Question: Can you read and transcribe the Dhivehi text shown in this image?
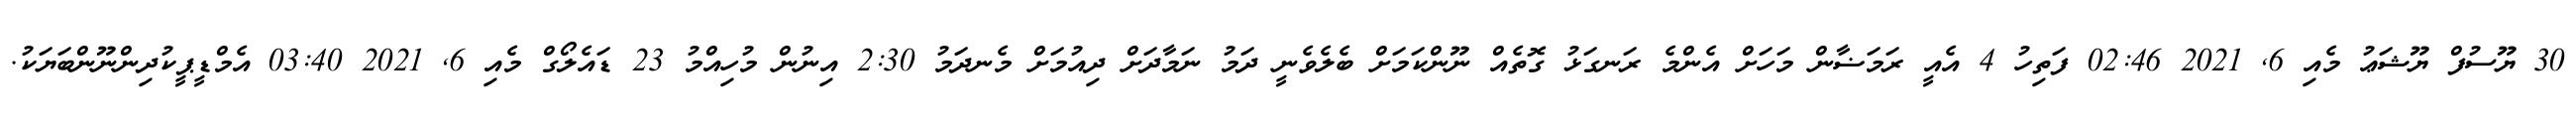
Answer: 30 ޔޫސުފް ޔޫޝަޢު މެއި 6, 2021 02:46 ފަތިހު 4 އެއީ ރަމަޟާން މަހަށް އެންމެ ރަނގަޅު ގޮތެއް ނޫންކަމަށް ބެލެވެނީ ދަމު ނަމާދަށް ދިއުމަށް މެނދަމު 2:30 އިނުން މުހިއްމު 23 ޑައެލޯގް މެއި 6, 2021 03:40 އެމްޑީޕީކުދިންނޫންބަޔަކު.